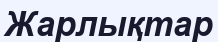
Жарлықтар